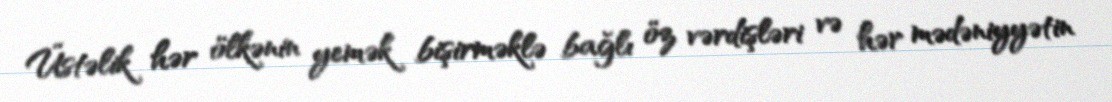
Üstəlik hər ölkənin yemək bişirməklə bağlı öz vərdişləri və hər mədəniyyətin